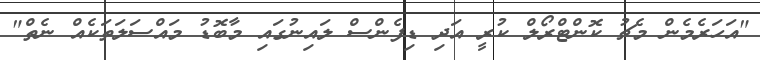
"އަހަރެމެން މެޗު ކޮންޓްރޯލް ކުރީ އަދި ޑިފެންސް ލައިނުގައި މާބޮޑު މައްސަލަތަކެއް ނެތް"